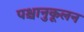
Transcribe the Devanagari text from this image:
पश्चानुकूलन